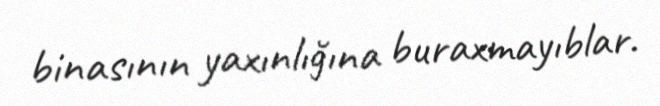
binasının yaxınlığına buraxmayıblar.